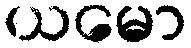
ယမော